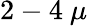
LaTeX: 2-4~\mu